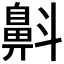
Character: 𪖘